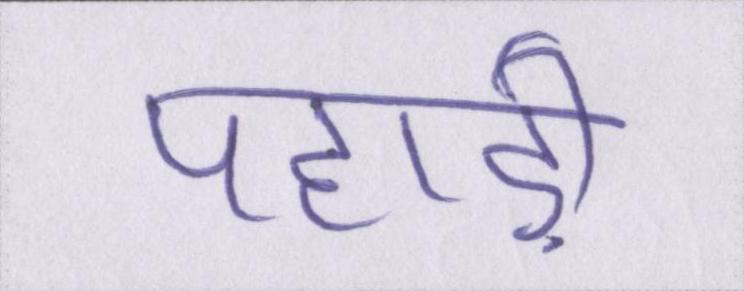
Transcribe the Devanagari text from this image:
पहाड़ी